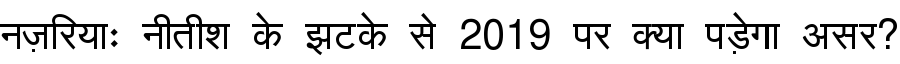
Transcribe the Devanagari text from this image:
नज़रियाः नीतीश के झटके से 2019 पर क्या पड़ेगा असर?